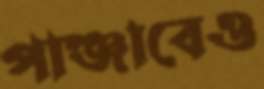
পাঞ্জাবেও